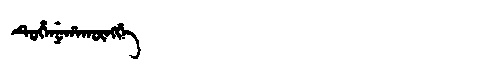
Manchu: ᡨᡠᡥᡝᠨᡠᡥᠠᡴᡡᠩᡤᡝ
Romanization: TUHENUHAKŪNGGE